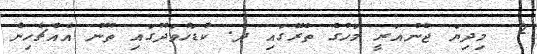
2  މިދިޔަ ޖެނުއަރީ މަހުގެ ތެރޭގައި ދ. ކުޑަހުވަދޫގައި ތޫނު އެއްޗެހިން